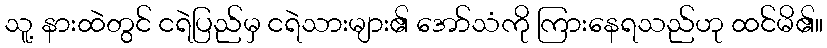
သူ့ နားထဲတွင် ငရဲပြည်မှ ငရဲသားများ၏ အော်သံကို ကြားနေရသည်ဟု ထင်မိ၏။